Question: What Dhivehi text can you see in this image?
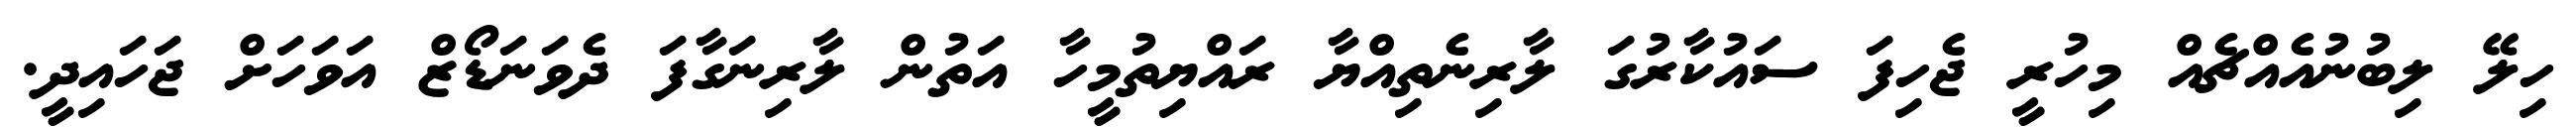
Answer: ހިލޭ ލިބުނުއެއްޗެއް މިހުރީ ޖެހިފަ ސައުކާރުގަ ލާރިނެތިއްޔާ ރައްޔިތުމީހާ އަތުން ލާރިނަގާފަ ދެވަނަޑޯޒް އަވަހަށް ޖަހައިދީ.